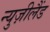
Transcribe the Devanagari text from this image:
न्युज़ीलैंड